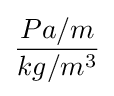
{\frac {Pa/m}{kg/m^{3}}}